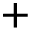
+